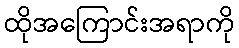
ထိုအကြောင်းအရာကို